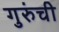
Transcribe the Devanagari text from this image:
गुरुंची